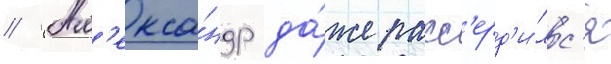
// Ал'екса́ндр да́же расс'ерд'и́лс'я